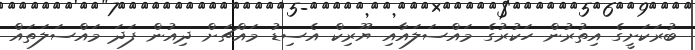
ބުރަކަށީގެ އިތުރުން ހަކުރުގެ މައްސަލައާއި ޔޫރިކް އެސިޑު މައްޗަށް ދިއުން ފަދަ މައްސަލަތައް